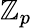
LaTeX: \mathbb{Z}_{p}